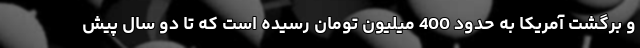
و برگشت آمریکا به حدود 400 میلیون تومان رسیده است که تا دو سال پیش